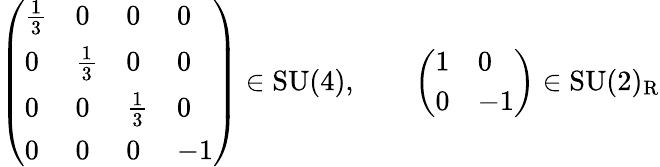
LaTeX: {\left(\begin{array}{llll}{{\frac{1}{3}}}&{0}&{0}&{0}\\ {0}&{{\frac{1}{3}}}&{0}&{0}\\ {0}&{0}&{{\frac{1}{3}}}&{0}\\ {0}&{0}&{0}&{-1}\end{array}\right)}\in{\mathrm{SU}}(4),\qquad{\left(\begin{array}{ll}{1}&{0}\\ {0}&{-1}\end{array}\right)}\in{\mathrm{SU}}(2)_{\mathrm{R}}